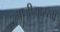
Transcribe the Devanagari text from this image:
आजीसारखी